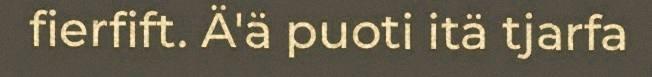
fierfift. Ä'ä puoti itä tjarfa